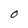
Character: O